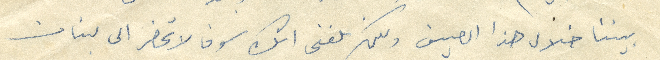
بيننا خلال هذا الصيف ولكن بلغني انك سوف لا تحضر الى لبنان